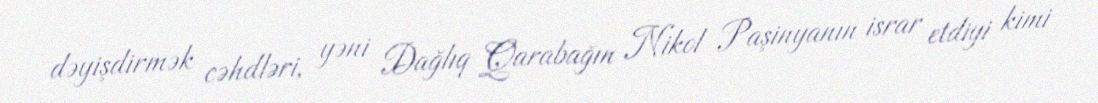
dəyişdirmək cəhdləri, yəni Dağlıq Qarabağın Nikol Paşinyanın israr etdiyi kimi